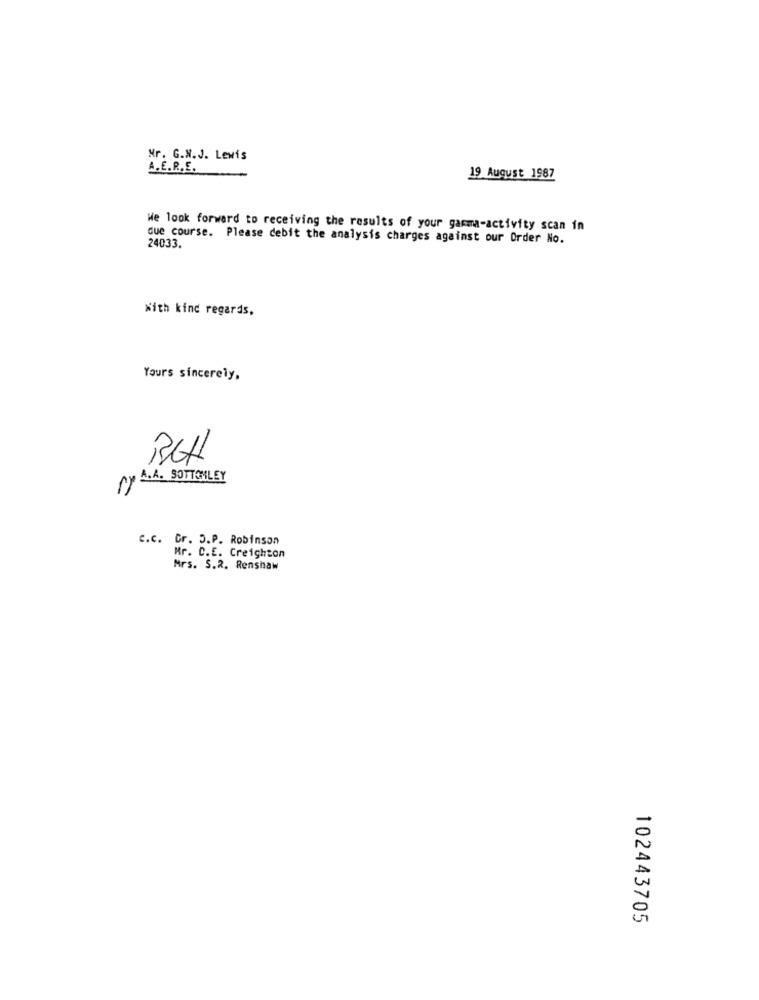
Nr. G.N.J. Lewis
A.E.R .. E.
19 August 1987
We look forward to receiving the results of your gamma-activity scan in
due course. Please debit the analysis charges against our Order No.
24033.
With kind regards,
Yours sincerely,
A.A. BOTTOMLEY
C.c. Cr. D.P. Robinson
Mr. C.E. Creighton
Mrs. S.2. Renshaw
102443705